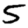
Digit: 5